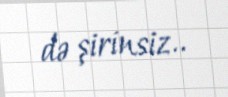
də şirinsiz..